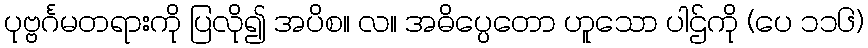
ပုဗ္ဗင်္ဂမတရားကို ပြလို၍ အပိစ။ လ။ အဓိပ္ပေတော ဟူသော ပါဌ်ကို (ပေ ၁၁၆)